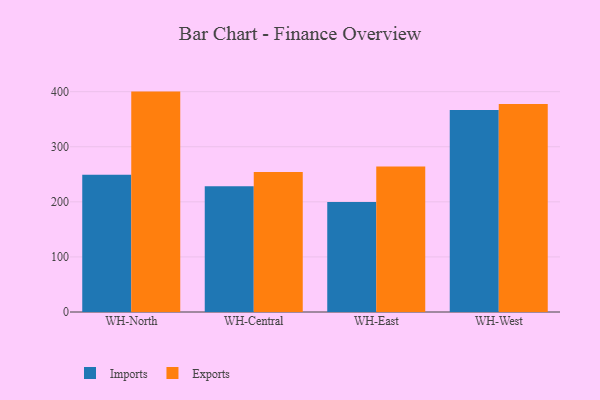
{"axis": {"x": "Warehouse", "y": "Population (Million)"}, "legend": ["Exports", "Imports"], "data": [{"x": "WH-North", "y": 249.1, "type": "Imports"}, {"x": "WH-North", "y": 400.1, "type": "Exports"}, {"x": "WH-Central", "y": 228.3, "type": "Imports"}, {"x": "WH-Central", "y": 254.2, "type": "Exports"}, {"x": "WH-East", "y": 199.9, "type": "Imports"}, {"x": "WH-East", "y": 264.0, "type": "Exports"}, {"x": "WH-West", "y": 366.8, "type": "Imports"}, {"x": "WH-West", "y": 377.8, "type": "Exports"}]}